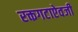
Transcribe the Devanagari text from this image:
रक्तगटाऐवजी